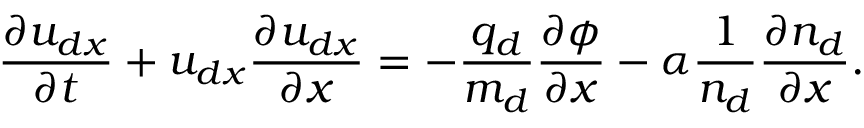
\frac { \partial { u } _ { d x } } { \partial t } + { u } _ { d x } \frac { \partial { u } _ { d x } } { \partial x } = - \frac { q _ { d } } { m _ { d } } \frac { \partial \phi } { \partial x } - \alpha \frac { 1 } { n _ { d } } \frac { \partial n _ { d } } { \partial x } .